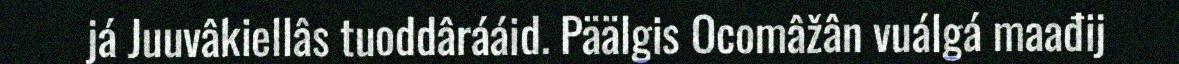
já Juuvâkiellâs tuoddârááid. Päälgis Ocomâžân vuálgá maađij